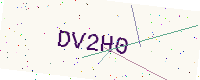
Text: DV2H0